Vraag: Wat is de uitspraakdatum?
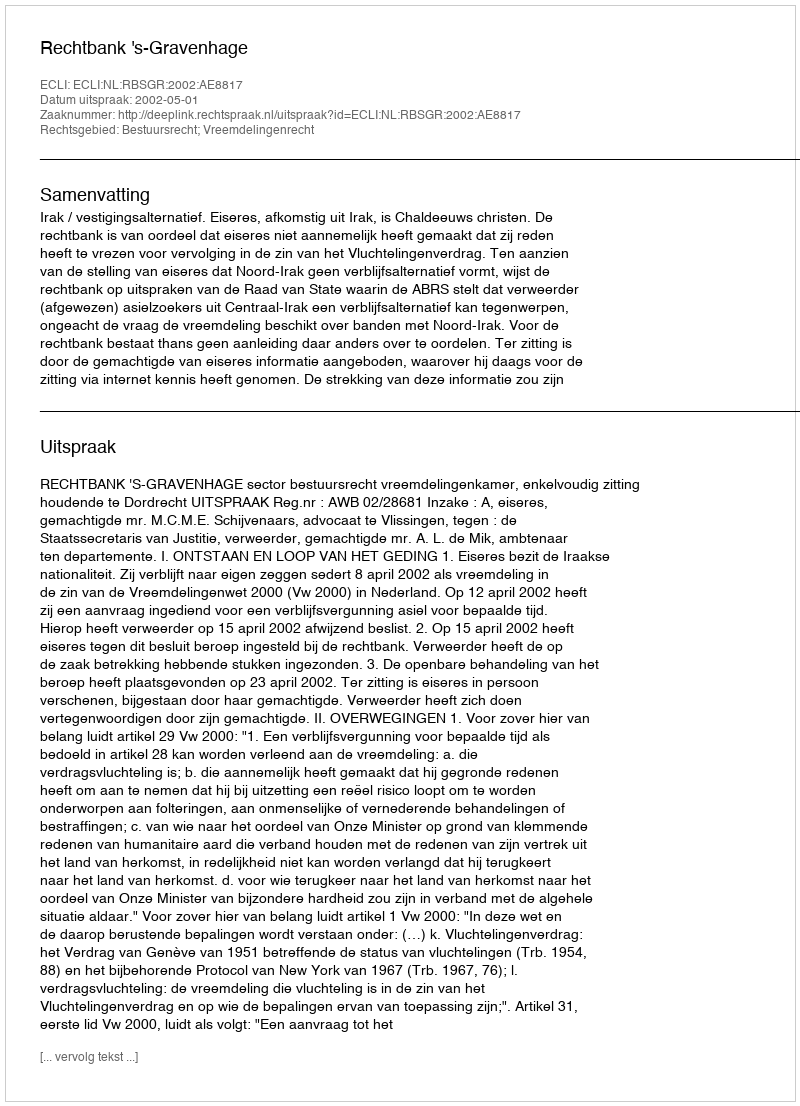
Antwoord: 2002-05-01